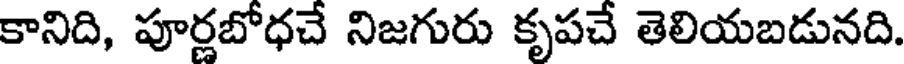
కానిది, పూర్లబోధచే నిజగురు కృపచే తెలియబడునది.